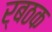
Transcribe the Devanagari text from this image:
र्बठक